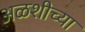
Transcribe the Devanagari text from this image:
अळशीच्या